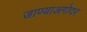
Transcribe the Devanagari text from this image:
जाण्याअगोदर